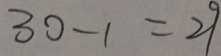
3 0 - 1 = 2 9